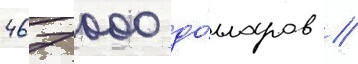
467 000 до́лларов //